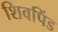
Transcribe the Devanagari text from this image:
शिवपिंड